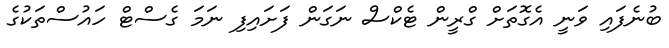
ބުނެފައި ވަނީ އެގޮތަށް ގްރީން ޓެކްސް ނަގަން ފަށައިފި ނަމަ ގެސްޓް ހައުސްތަކުގެ